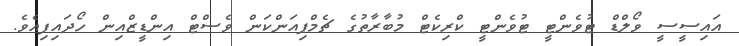
އައިސީސީ ވޯލްޑް ޓުވެންޓީ ޓުވެންޓީ ކްރިކެޓް މުބާރާތުގެ ޗެމްޕިއަންކަން ވެސްޓް އިންޑީޒްއިން ހޯދައިފިއެވެ.